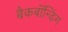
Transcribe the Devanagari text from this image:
बैकबॉंन्डिंग